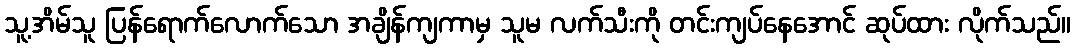
သူ့အိမ်သူ ပြန်ရောက်လောက်သော အချိန်ကျကာမှ သူမ လက်သီးကို တင်းကျပ်နေအောင် ဆုပ်ထား လိုက်သည်။